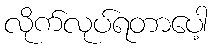
လိုက်လုပ်ရတာပေါ့